Malaria in India - Number 2
Disease focus: Malaria
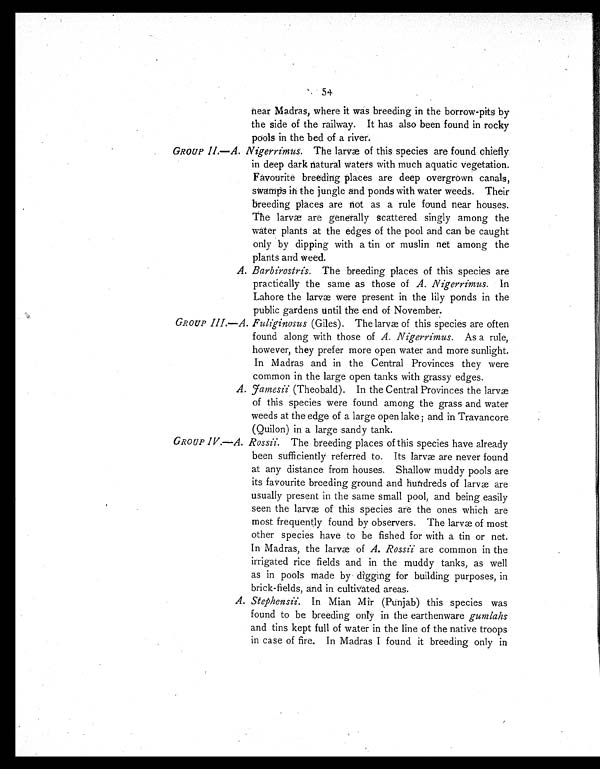
54
near Madras, where it was breeding in the borrow-pits by
the side of the railway. It has also been found in rocky
pools in the bed of a river.
GROUP II —A. Nigerrimus. The larvæ of this species are found chiefly
in deep dark natural waters with much aquatic vegetation.
Favourite breeding places are deep overgrown canals,
swamps in the jungle and ponds with water weeds. Their
breeding places are not as a rule found near houses.
The larvæ are generally scattered singly among the
water plants at the edges of the pool and can be caught
only by dipping with a tin or muslin net among the
plants and weed.
A. Barbirostris. The breeding places of this species are
practically the same as those of A. Nigerrimus. In
Lahore the larvæ were present in the lily ponds in the
public gardens until the end of November.
GROUP III.—A. Fuliginosus (Giles). The larvæ of this species are often
found along with those of A. Nigerrimus. As a rule,
however, they prefer more open water and more sunlight.
In Madras and in the Central Provinces they were
common in the large open tanks with grassy edges.
A. famesii (Theobald). In the Central Provinces the larvæ
of this species were found among the grass and water
weeds at the edge of a large open lake ; and in Travancore
(Quilon) in a large sandy tank.
GROUP IV .—A. Rossii. The breeding places of this species have already
been sufficiently referred to. Its larvæ are never found
at any distance from houses. Shallow muddy pools are
its favourite breeding ground and hundreds of larvæ are
usually present in the same small pool, and being easily
seen t he l ar væ of t hi s speci es ar e t he ones whi ch ar e
most frequently found by observers. The larvæ of most
other species have to be fished for with a tin or net.
In Madras, the larvæ of A. Rossii are common in the
irrigated rice fields and in the muddy tanks, as well
as in pools made by digging for building purposes, in
brick-fields, and in cultivated areas.
A. Stephensii. In Mian Mir (Punjab) this species was
found to be breeding only in the earthenware g u m l a h s
and tins kept full of water in the line of the native troops
in case of fire. In Madras I found it breeding only in